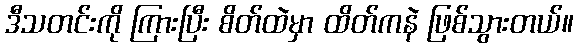
ဒီသတင်းကို ကြားပြီး စိတ်ထဲမှာ ထိတ်ကနဲ ဖြစ်သွားတယ်။